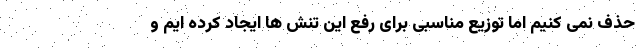
حذف نمی کنیم اما توزیع مناسبی برای رفع این تنش ها ایجاد کرده ایم و